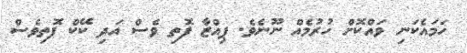
ހަމައެކަނި ވައްކޮށް ހުރުމެއް ނޫނެވެ. ޕިއްޒާ ފޮތި ވެސް އަދި ކޭކް ފޮތިވެސް